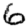
Digit: 6